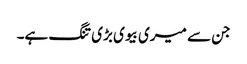
جن سے میری بیوی بڑی تنگ ہے۔